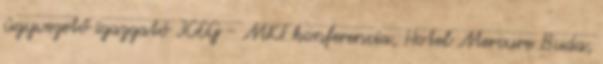
ügyvezető igazgató ICEG - MKT konferencia, Hotel Mercure Buda,